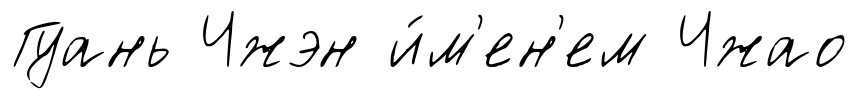
Гуань Чжэн и́м'ен'ем Чжао